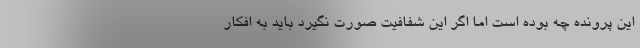
این پرونده چه بوده است اما اگر این شفافیت صورت نگیرد باید به افکار